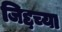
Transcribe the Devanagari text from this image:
जिद्दच्या